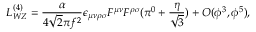
{ \cal L } _ { W Z } ^ { ( 4 ) } = \frac { \alpha } { 4 \sqrt 2 \pi f ^ { 2 } } \epsilon _ { \mu \nu \rho \sigma } F ^ { \mu \nu } F ^ { \rho \sigma } ( \pi ^ { 0 } + \frac { \eta } { \sqrt 3 } ) + { \cal O } ( \phi ^ { 3 } , \phi ^ { 5 } ) ,